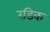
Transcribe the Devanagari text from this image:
रडिक